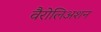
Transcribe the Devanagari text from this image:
वैरोलिअशन